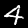
Digit: 4